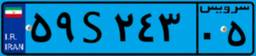
۲۰S۶۳۰۶۱